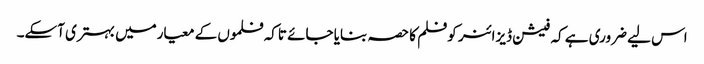
اس لیے ضروری ہے کہ فیشن ڈیزائنر کوفلم کا حصہ بنایا جائے تاکہ فلموں کے معیارمیں بہتری آسکے۔